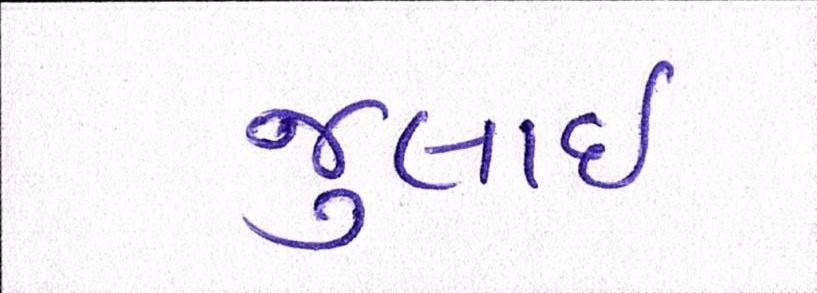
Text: જુલાઇ